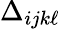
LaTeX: \Delta_{ijk\ell}